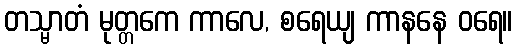
တသ္မာတံ မုတ္တကေ ကာလေ, စရေယျ ကာနနေ ဝရေ။